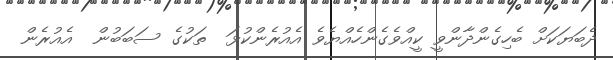
ދެބަޔަކަށް ބެހިގެންދާންވީ ކީއްވެގެންހެއްޔެވެ އެއުރެންކުޅަ  ތަކުގެ ސަބަބުން  އެއުރެން